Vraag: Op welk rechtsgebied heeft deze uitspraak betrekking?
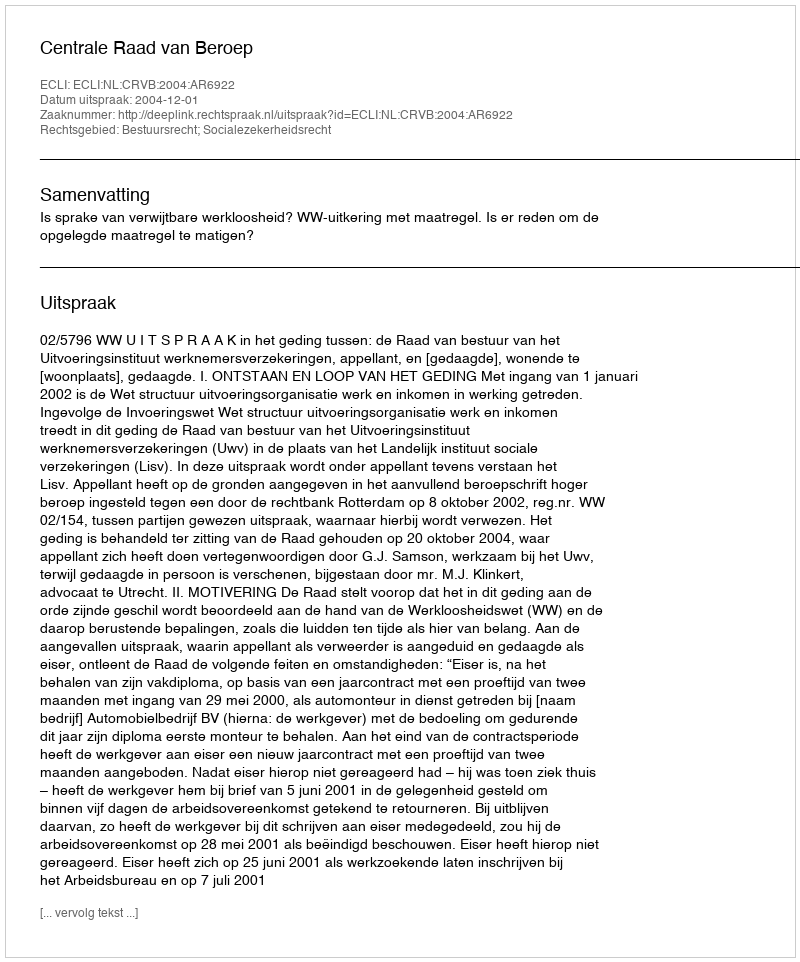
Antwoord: Bestuursrecht; Socialezekerheidsrecht